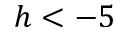
h < - 5